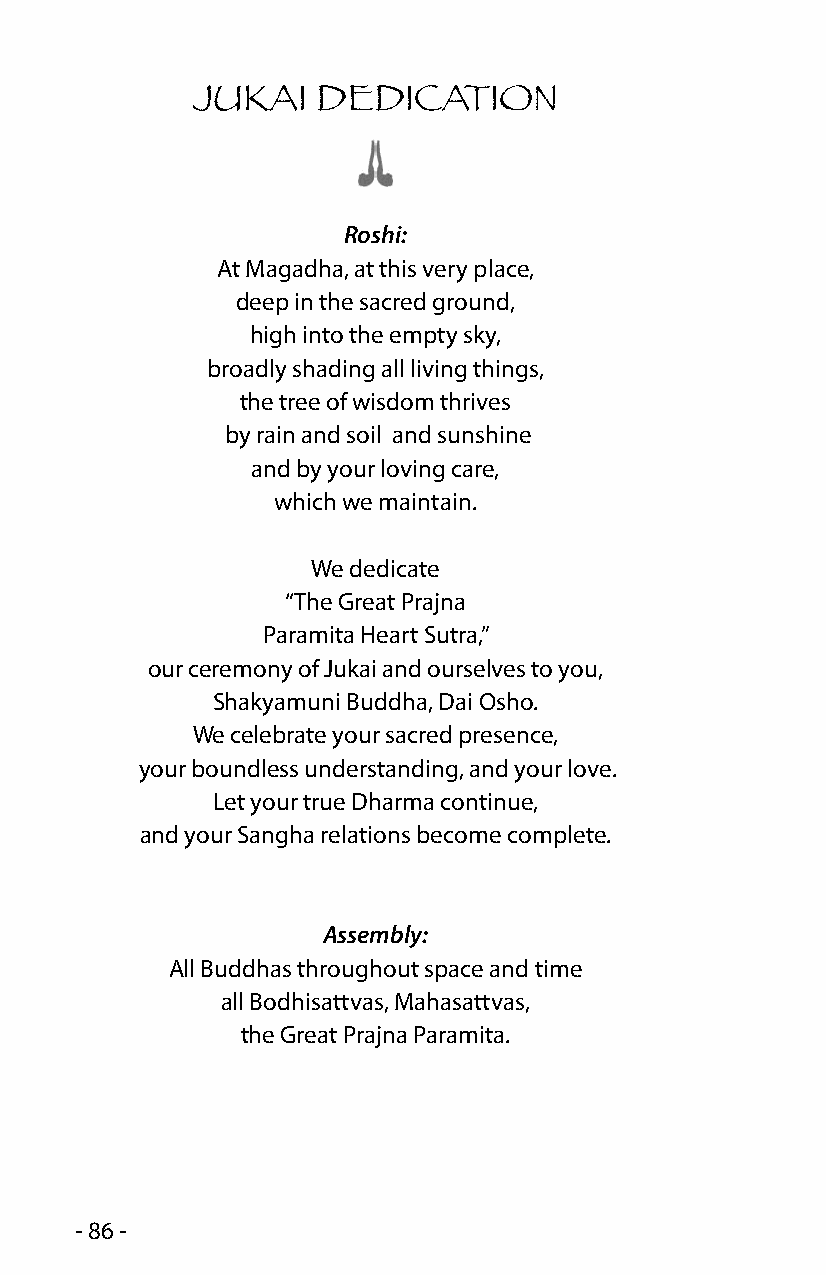
JUKAI   DEDICATION
 Roshi:
 At Magadha, at this very place,
 deep in the sacred ground,
 high into the empty sky,
 broadly shading all living things,
 the tree of wisdom thrives
 by rain and soil and sunshine
 and by your loving care,
 which we maintain.
 We dedicate
 “The Great Prajna
 Paramita Heart Sutra,”
 our ceremony of Jukai and ourselves to you,
 Shakyamuni Buddha, Dai Osho.
 We celebrate your sacred presence,
 your boundless understanding, and your love.
 Let your true Dharma continue,
 and your Sangha relations become complete.
 Assembly:
 All Buddhas throughout space and time
 all Bodhisattvas, Mahasattvas,
 the Great Prajna Paramita.
 - 86 -